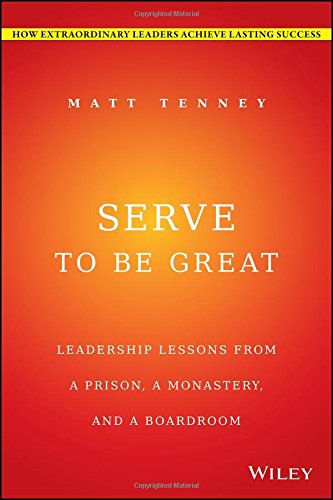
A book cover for Serve to Be Great: Leadership Lessons from a Prison, a Monastery, and a Boardroom; Matt Tenney; Business & Money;